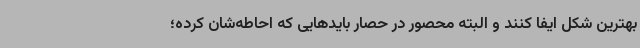
بهترین شکل ایفا کنند و البته محصور در حصار بایدهایی که احاطه‌شان کرده؛